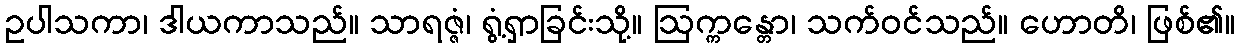
ဥပါသကာ၊ ဒါယကာသည်။ သာရဇ္ဇံ၊ ရွံ့ရှာခြင်းသို့။ ဩက္ကန္တော၊ သက်ဝင်သည်။ ဟောတိ၊ ဖြစ်၏။